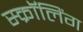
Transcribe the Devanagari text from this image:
स्क्रॉलिंग